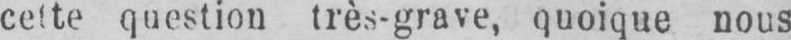
question très-grave, quoique nous